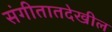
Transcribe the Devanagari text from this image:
संगीतातदेखील